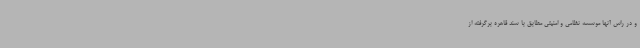
و در راس آنها موسسه نظامی و امنیتی مطابق با سند قاهره برگرفته از